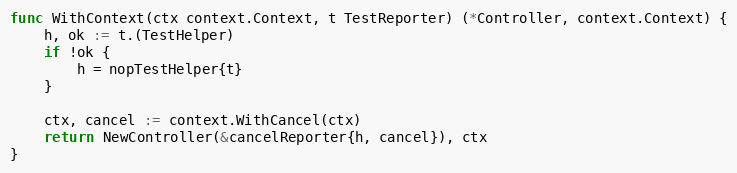
Language: Go
func WithContext(ctx context.Context, t TestReporter) (*Controller, context.Context) {
	h, ok := t.(TestHelper)
	if !ok {
		h = nopTestHelper{t}
	}

	ctx, cancel := context.WithCancel(ctx)
	return NewController(&cancelReporter{h, cancel}), ctx
}